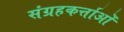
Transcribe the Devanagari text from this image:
संग्रहकर्त्ताओं